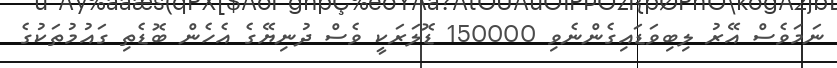
ނަމަވެސް އޭރު ލިބިވަޑައިގެންނެވި 150000 ޑޮލަރަކީ ވެސް ދުނިޔޭގެ އެހެން ބޮޑެތި ގައުމުތަކުގެ